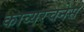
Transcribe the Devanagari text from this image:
काव्यरचनेस